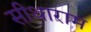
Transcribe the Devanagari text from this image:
सीथाराम